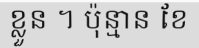
ខ្លួន ។ ប៉ុន្មាន ខែ